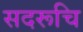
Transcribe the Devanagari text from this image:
सदरूचि